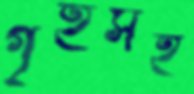
গৃহসহ